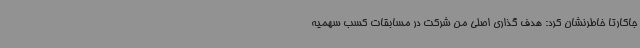
جاکارتا خاطرنشان کرد: هدف گذاری اصلی من شرکت در مسابقات کسب سهمیه